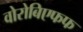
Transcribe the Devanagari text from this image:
वोरोबिएफफ